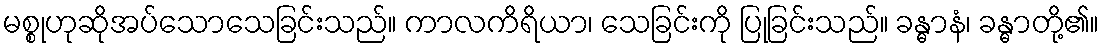
မစ္စုဟုဆိုအပ်သောသေခြင်းသည်။ ကာလကိရိယာ၊ သေခြင်းကို ပြုခြင်းသည်။ ခန္ဓာနံ၊ ခန္ဓာတို့၏။